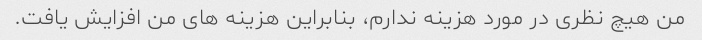
من هیچ نظری در مورد هزینه ندارم، بنابراین هزینه های من افزایش یافت.